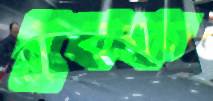
যুবক